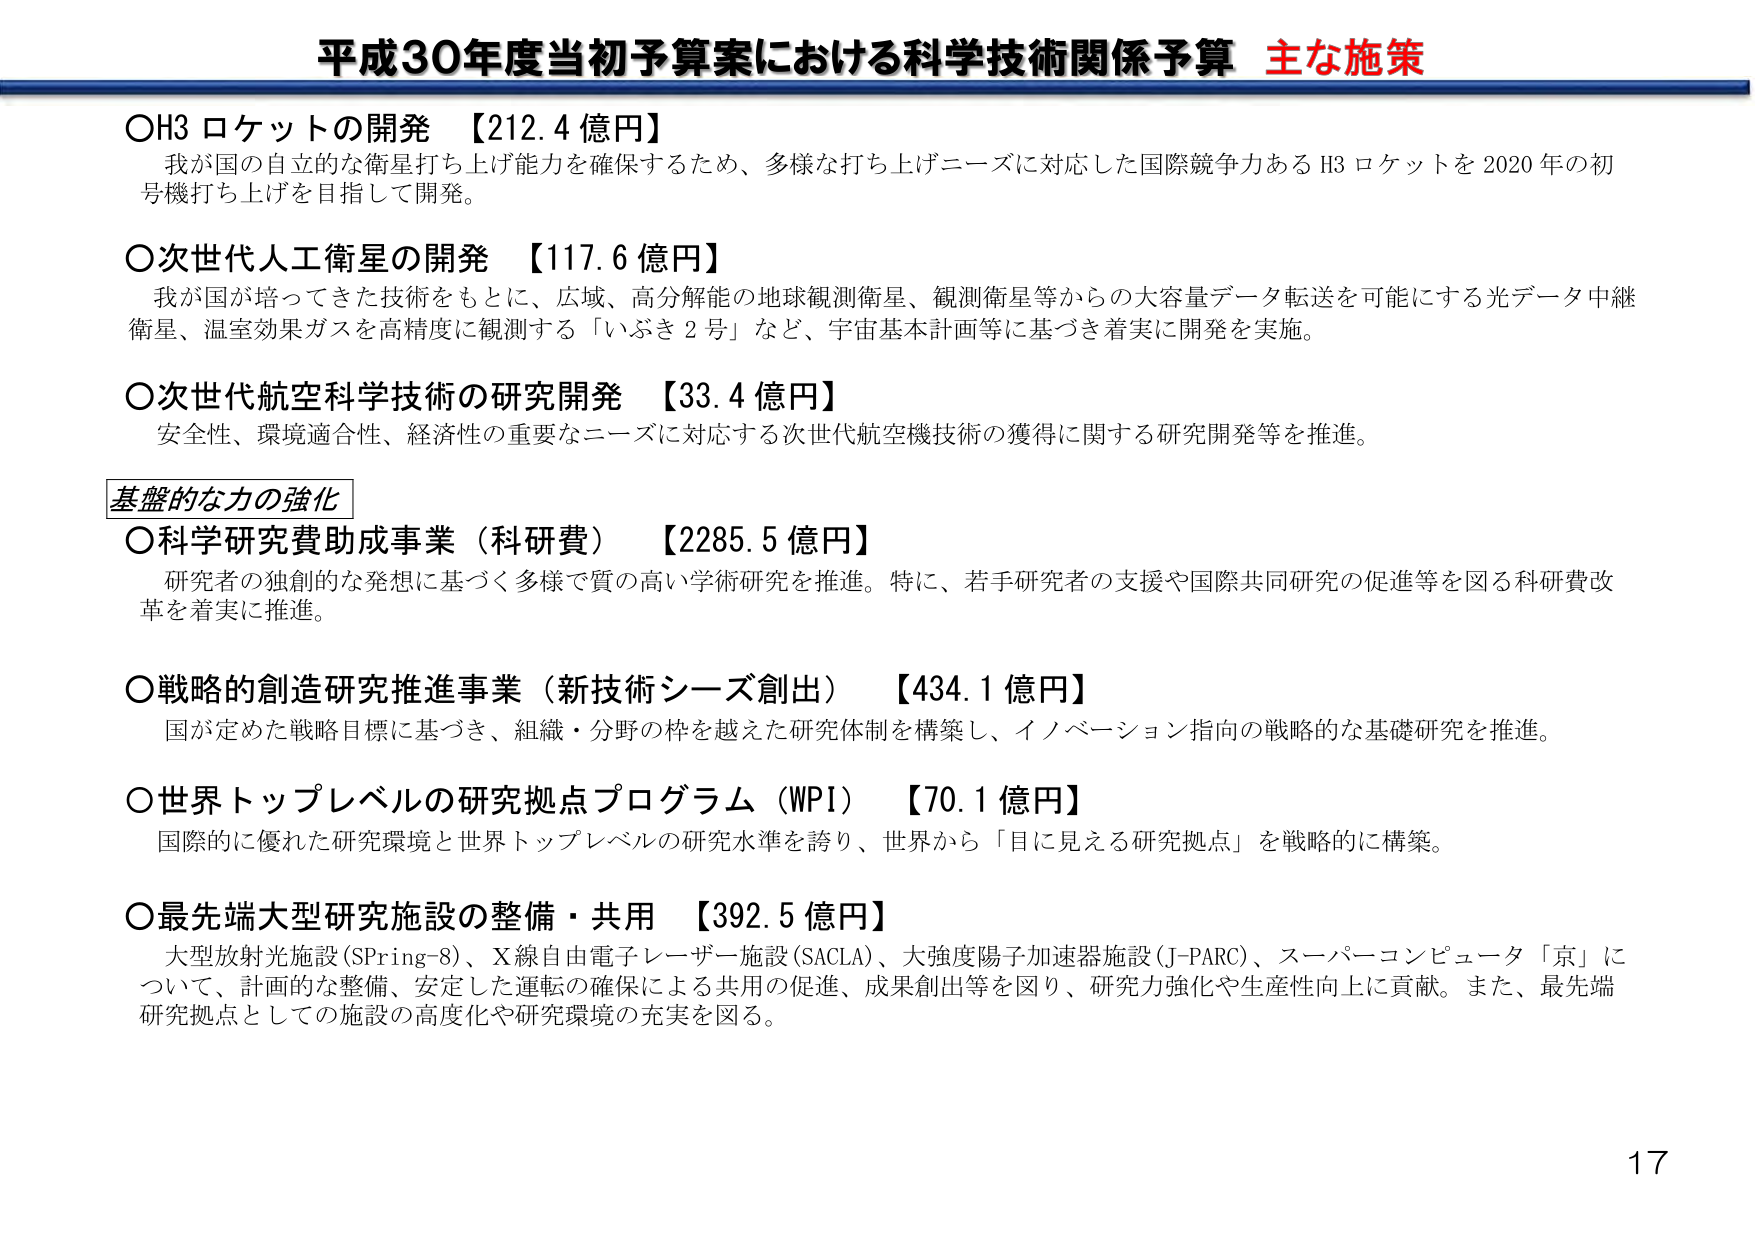
平成30年度当初予算案における科学技術関係予算 主な施策

○H3 ロケットの開発 【212.4 億円】
我が国の自立的な衛星打ち上げ能力を確保するため、多様な打ち上げニーズに対応した国際競争力ある H3 ロケットを 2020 年の初号機打ち上げを目指して開発。

○次世代人工衛星の開発 【117.6 億円】
我が国が培ってきた技術をもとに、広域、高分解能の地球観測衛星、観測衛星等からの大容量データ転送を可能にする光データ中継衛星、温室効果ガスを高精度に観測する「いぶき 2 号」など、宇宙基本計画等に基づき着実に開発を実施。

○次世代航空科学技術の研究開発 【33.4 億円】
安全性、環境適合性、経済性の重要なニーズに対応する次世代航空機技術の獲得に関する研究開発等を推進。

基盤的な力の強化

○科学研究費助成事業（科研費） 【2285.5 億円】
研究者の独創的な発想に基づく多様で質の高い学術研究を推進。特に、若手研究者の支援や国際共同研究の促進等を図る科研費改革を着実に推進。

○戦略的創造研究推進事業（新技術シーズ創出） 【434.1 億円】
国が定めた戦略目標に基づき、組織・分野の枠を越えた研究体制を構築し、イノベーション指向の戦略的な基礎研究を推進。

○世界トップレベルの研究拠点プログラム（WPI） 【70.1 億円】
国際的に優れた研究環境と世界トップレベルの研究水準を誇り、世界から「目に見える研究拠点」を戦略的に構築。

○最先端大型研究施設の整備・共用 【392.5 億円】
大型放射光施設（SPring-8）、X線自由電子レーザー施設（SACLA）、大強度陽子加速器施設（J-PARC）、スーパーコンピュータ「京」について、計画的な整備、安定した運転の確保による共用の促進、成果創出等を図り、研究力強化や生産性向上に貢献。また、最先端研究拠点としての施設の高度化や研究環境の充実を図る。

17